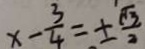
x - \frac { 3 } { 4 } = \pm \frac { \sqrt { 3 } } { 2 }